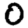
Digit: 0